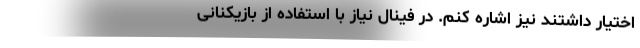
اختیار داشتند نیز اشاره کنم. در فینال نیاز با استفاده از بازیکنانی